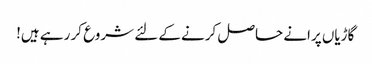
گاڑیاں پرانے حاصل کرنے کے لئے شروع کر رہے ہیں!